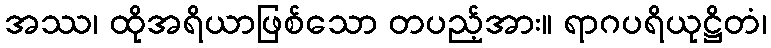
အဿ၊ ထိုအရိယာဖြစ်သော တပည့်အား။ ရာဂပရိယုဋ္ဌိတံ၊